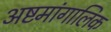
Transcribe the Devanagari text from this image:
अष्टमांगालिक